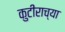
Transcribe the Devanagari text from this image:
कुटीराच्या